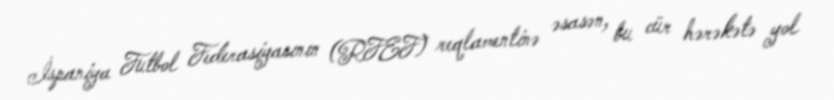
İspaniya Futbol Federasiyasının (RFEF) reqlamentinə əsasən, bu cür hərəkətə yol